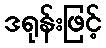
ဒရုန်းဖြင့်